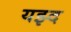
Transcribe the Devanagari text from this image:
यझ्द